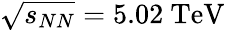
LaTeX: \sqrt{s_{NN}}=5.02\ \mathrm{TeV}